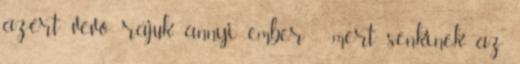
azért vevő rájuk annyi ember -, mert senkinek az